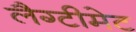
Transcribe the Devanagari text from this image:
लैग्टीमेट